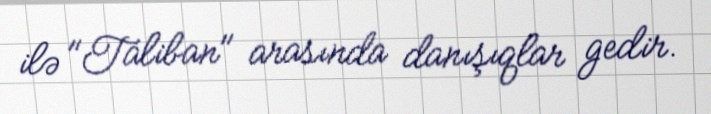
ilə "Taliban" arasında danışıqlar gedir.